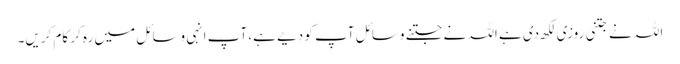
اللہ نے جتنی روزی لکھ دی ہے اللہ نے جتنے وسائل آپ کو دیے ہے، آپ انہی وسائل میں رہ کر کام کریں۔